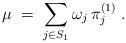
LaTeX: \begin{align*}\mu \;=\; \sum_{j\in S_1} \omega_j\, \pi^{(1)}_j\;.\end{align*}